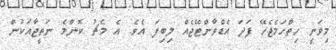
މިވަނީ ހިތްހަމެޖެހޭ ފަދަ އެޑްވާންޓޭޖެއް ލިބިފަ އެވެ. އެ މެޗު ކޮންމެ ނަތީޖާއަކުން